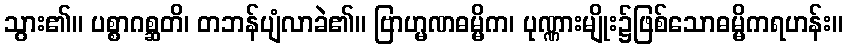
သွား၏။ ပစ္စာဂစ္ဆတိ၊ တဘန်ပျံလာခဲ၏။ ဗြာဟ္မဏဓမ္မိက၊ ပုဏ္ဏားမျိုး၌ဖြစ်သောဓမ္မိကရဟန်း။